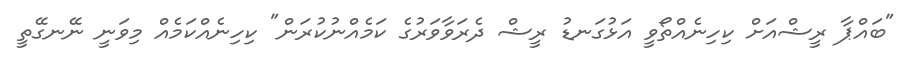
"ބައްޕާ ރީޝްއަށް ކިހިނެއްތޯވީ އަޅުގަނޑު ރީޝް ދެރަވާވަރުގެ ކަމެއްނުކުރަން" ކިހިނެއްކަމެއް މިވަނީ ނޭނގޭތީ